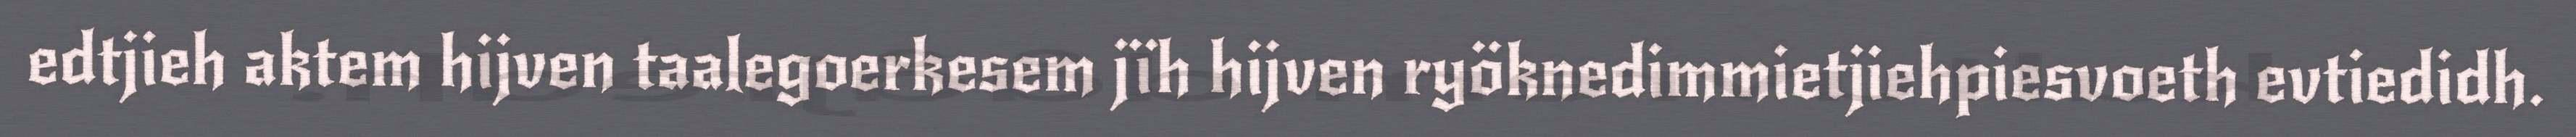
edtjieh aktem hijven taalegoerkesem jïh hijven ryöknedimmietjiehpiesvoeth evtiedidh.